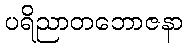
ပရိညာတဘောဇနာ